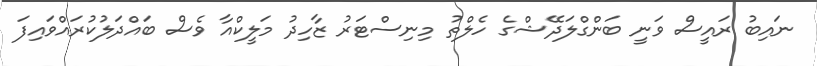
ނައިބު ރައީސް ވަނީ ބަންގްލަދޭޝްގެ ހެލްތު މިނިސްޓަރު ޒާހިދު މަލީކްއާ ވެސް ބައްދަލުކުރައްވައިފަ